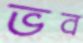
ভব